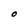
Character: O